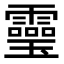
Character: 𩆜